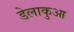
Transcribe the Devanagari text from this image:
डेलाकुआ